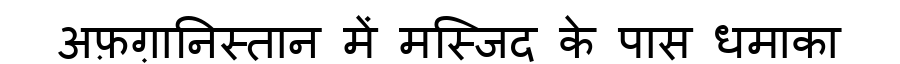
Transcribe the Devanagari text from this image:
अफ़ग़ानिस्तान में मस्जिद के पास धमाका